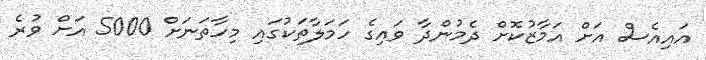
އައިއެސް އަށް އަމާޒުކޮށް ދެމުންދާ ވައިގެ ހަަމަލާތަކުގައި މިހާތަނަށް 5000 އަށް ވުރެ